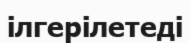
ілгерілетеді